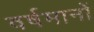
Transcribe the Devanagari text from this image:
वर्षमानों